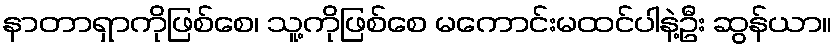
နာတာရှာကိုဖြစ်စေ၊ သူ့ကိုဖြစ်စေ မကောင်းမထင်ပါနဲ့ဦး ဆွန်ယာ။